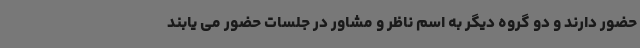
حضور دارند و دو گروه دیگر به اسم ناظر و مشاور در جلسات حضور می یابند